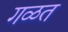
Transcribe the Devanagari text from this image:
गळत